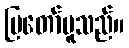
ပြတော်မူသည်။